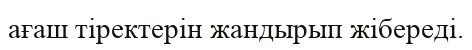
ағаш тіректерін жандырып жібереді.